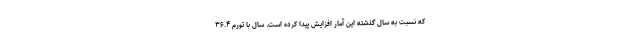
که نسبت به سال گذشته این آمار افزایش پیدا کرده است. سال با تورم ۳۶.۴